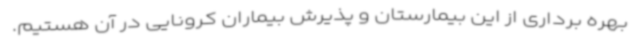
بهره برداری از این بیمارستان و پذیرش بیماران کرونایی در آن هستیم.